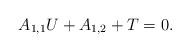
LaTeX: \begin{align*}A_{1,1} U + A_{1,2} + T = 0.\end{align*}